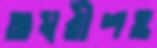
অম্বরীশও